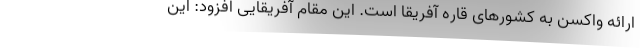
ارائه واکسن به کشورهای قاره آفریقا است. این مقام آفریقایی افزود: این